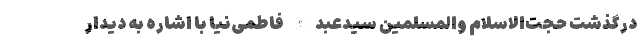
درگذشت حجت‌الاسلام والمسلمین سیدعبدالله فاطمی‌نیا با اشاره به دیدار